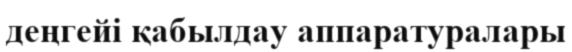
деңгейі қабылдау аппаратуралары